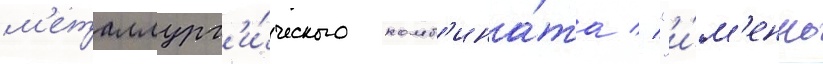
м'еталлург'и́ческого комб'ина́та // "и́м'енно